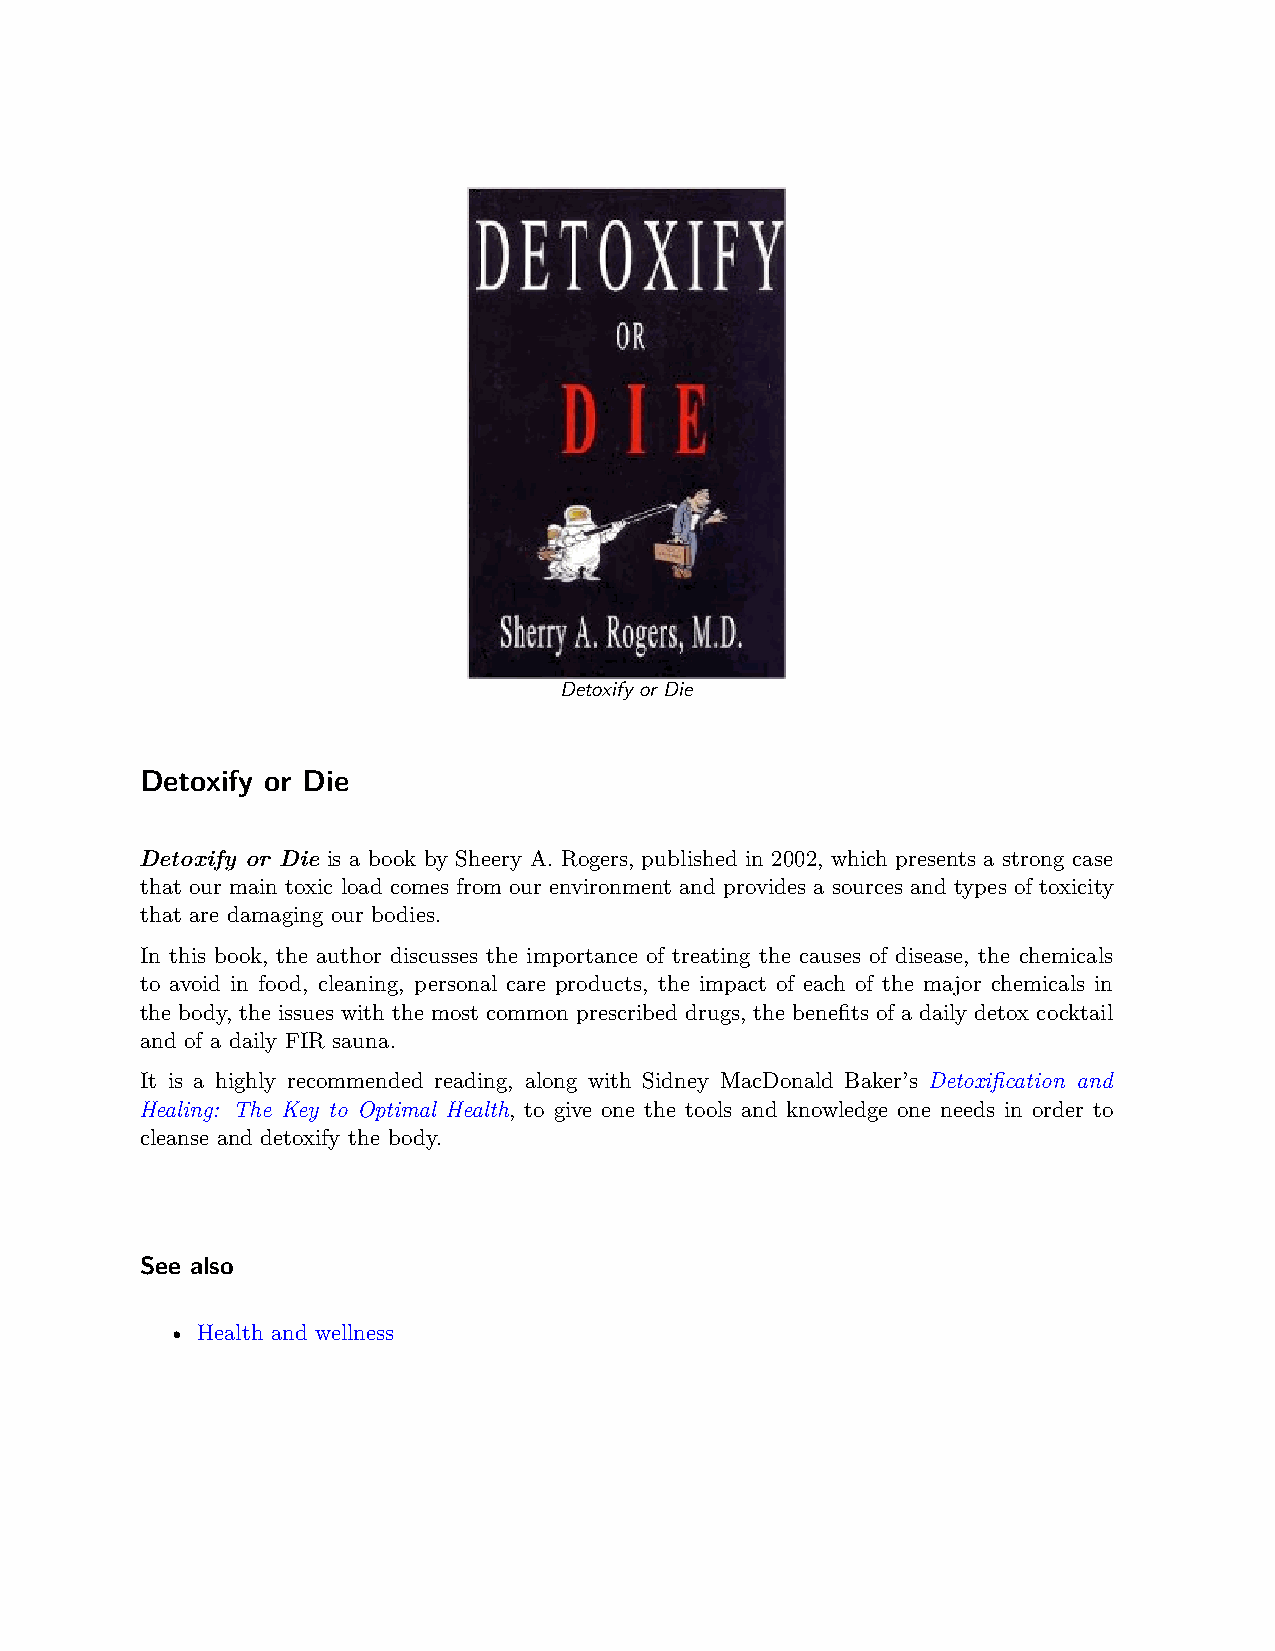
Detoxify or Die
 Detoxify or Die
 Detoxify or Die is a book by Sheery A. Rogers, published in 2002, which presents a strong case
 that our main toxic load comes from our environment and provides a sources and types of toxicity
 that are damaging our bodies.
 In this book, the author discusses the importance of treating the causes of disease, the chemicals
 to avoid in food, cleaning, personal care products, the impact of each of the major chemicals in
 the body, the issues with the most common prescribed drugs, the benefits of a daily detox cocktail
 and of a daily FIR sauna.
 It is a highly recommended reading, along with Sidney MacDonald Baker’s Detoxification and
 Healing: The Key to Optimal Health, to give one the tools and knowledge one needs in order to
 cleanse and detoxify the body.
 See also
 • Health and wellness